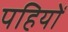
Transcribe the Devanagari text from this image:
पहियोें